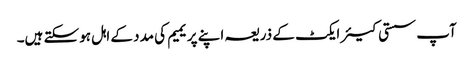
آپ سستی کیئر ایکٹ کے ذریعہ اپنے پریمیم کی مدد کے اہل ہوسکتے ہیں۔